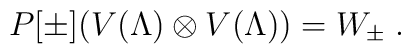
P[\pm](V(\Lambda)\otimes V(\Lambda))=W_\pm\;.